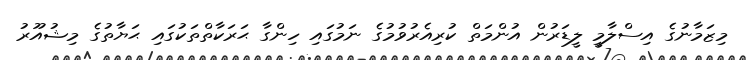
މިޒަމާނުގެ އިސްލާމީ ލީޑަރުން އުންމަތް ކުރިއެރުވުމުގެ ނަމުގައި ހިންގާ ޙަރަކާތްތަކުގައި ޙަޔާތުގެ މިޝުއޫރު